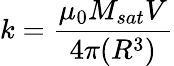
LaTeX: k=\frac{\mu_{0}M_{sat}V}{4\pi(R^{3})}